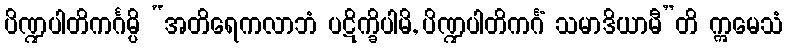
ပိဏ္ဍပါတိကင်္ဂမ္ပိ “အတိရေကလာဘံ ပဋိက္ခိပါမိ, ပိဏ္ဍပါတိကင်္ဂံ သမာဒိယာမီ”တိ ဣမေသံ